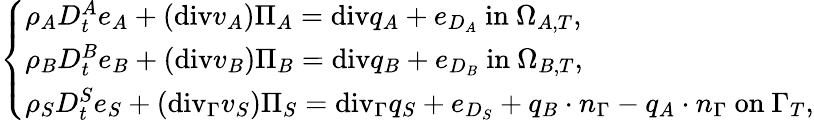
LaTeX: \left\{ \begin{array}{ll}{\rho_{A}D_{t}^{A}e_{A}+(\mathrm{{div}}v_{A})\Pi_{A}={\mathrm{div}}q_{A}+e_{D_{A}}\mathrm{~in~}\Omega_{A,T},}\\ {\rho_{B}D_{t}^{B}e_{B}+(\mathrm{{div}}v_{B})\Pi_{B}={\mathrm{div}}q_{B}+e_{D_{B}}\mathrm{~in~}\Omega_{B,T},}\\ {\rho_{S}D_{t}^{S}e_{S}+(\mathrm{{div}}_{\Gamma}v_{S})\Pi_{S}={\mathrm{div}}_{\Gamma}q_{S}+e_{D_{S}}+q_{B}\cdot n_{\Gamma}-q_{A}\cdot n_{\Gamma}\mathrm{~on~}\Gamma_{T},}\end{array}\right.